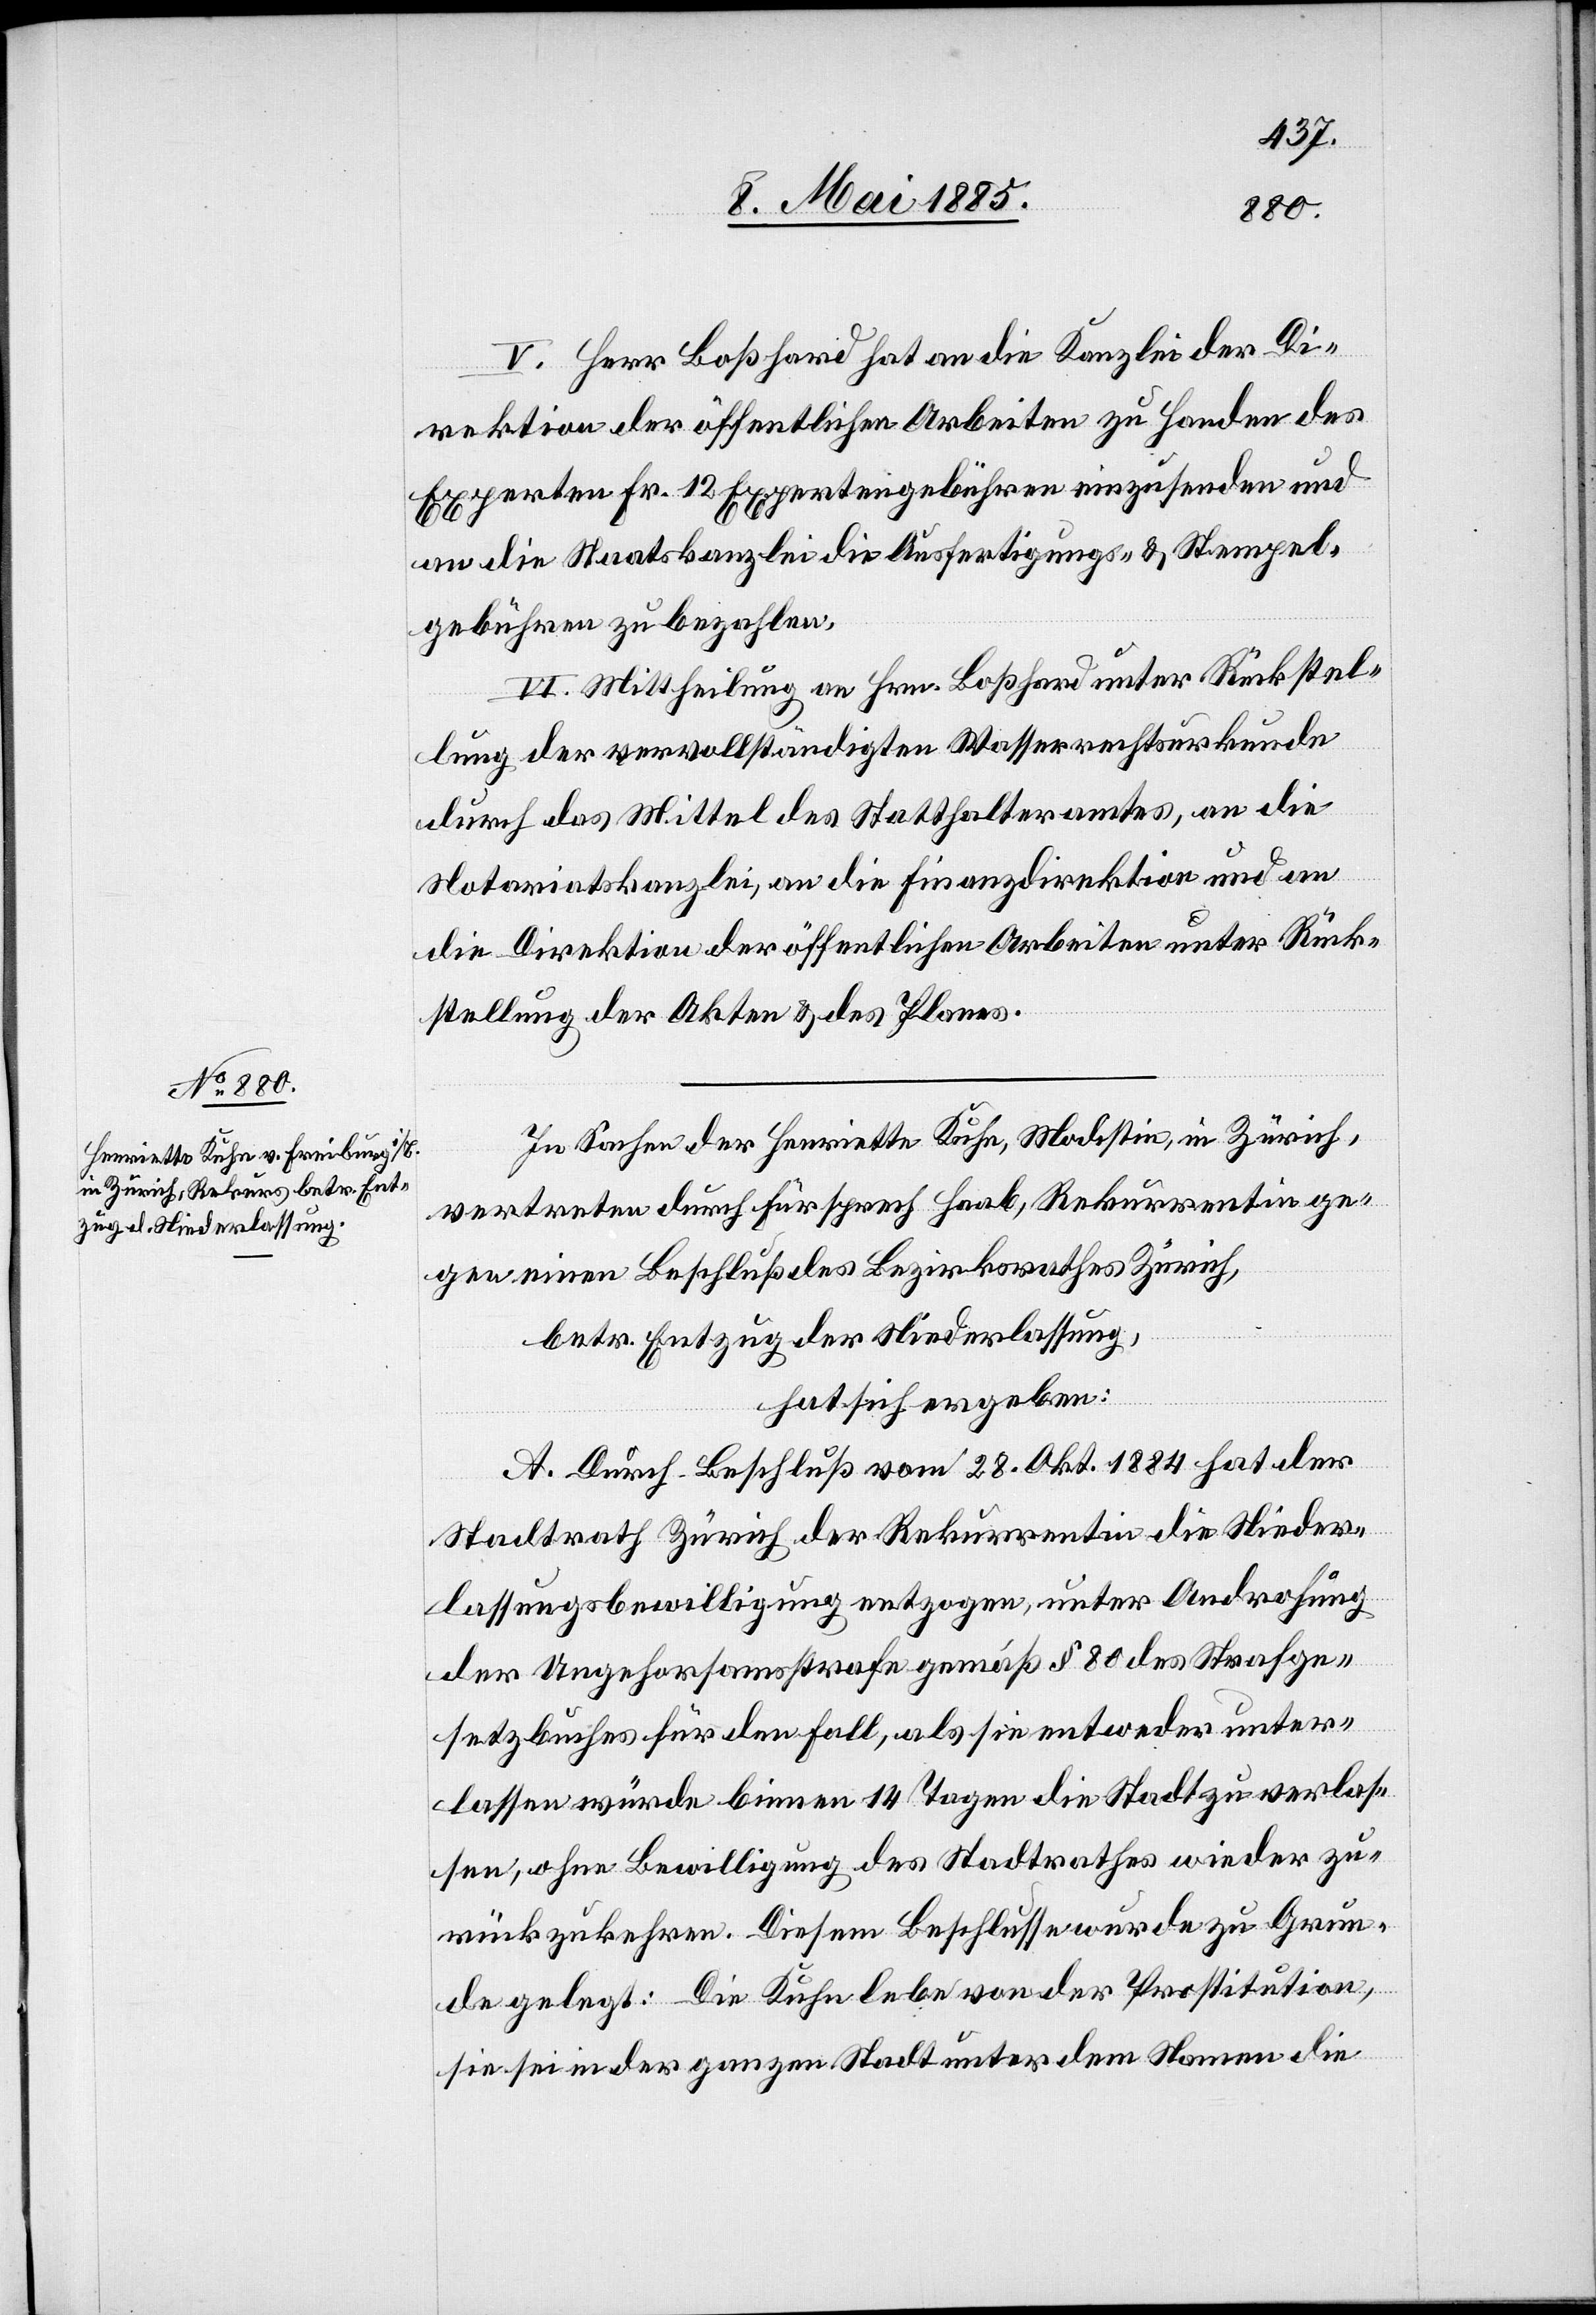
V. Herr Boßhard hat an die Kanzlei der Di¬
rektion der öffentlichen Arbeiten zu Handen des
Experten Fr. 12 Expertengebühren einzusenden und
an die Staatskanzlei die Ausfertigungs- & Stempel¬
gebühren zu bezahlen.
VI. Mittheilung an Hrn. Boßhard unter Rückstel¬
lung der vervollständigten Wasserrechtsurkunde
durch das Mittel des Statthalteramtes, an die
Notariatskanzlei, an die Finanzdirektion und an
die Direktion der öffentlichen Arbeiten unter Rück¬
stellung der Akten & des Planes.
In Sachen der Henriette Kuhn, Modistin, in Zürich,
vertreten durch Fürsprech Haab, Rekurrentin ge¬
gen einen Beschluß des Bezirksrathes Zürich,
betr. Entzug der Niederlassung,
hat sich ergeben:
A. Durch Beschluß vom 28. Okt. 1884 hat der
Stadtrath Zürich der Rekurrentin die Nieder¬
lassungsbewilligung entzogen, unter Androhung
der Ungehorsamstrafe gemäß § 80 des Strafge¬
setzbuches für den Fall, als sie entweder unter¬
lassen würde binnen 14 Tagen die Stadt zu verlas¬
sen, ohne Bewilligung des Stadtrathes wieder zu¬
rück zu kehren. Diesem Beschlusse wurde zu Grun¬
de gelegt: Die Kuhn lebe von der Prostitution,
sie sei in der ganzen Stadt unter dem Namen die